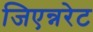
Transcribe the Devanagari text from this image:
जिएन्नरेट